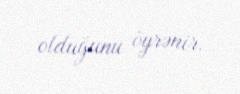
olduğunu öyrənir.